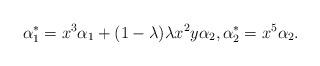
LaTeX: \begin{align*}\alpha^*_1=x^3\alpha_1+(1-\lambda)\lambda x^2y\alpha_2,\alpha^*_2=x^5\alpha_2.\end{align*}